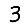
Digit: 3